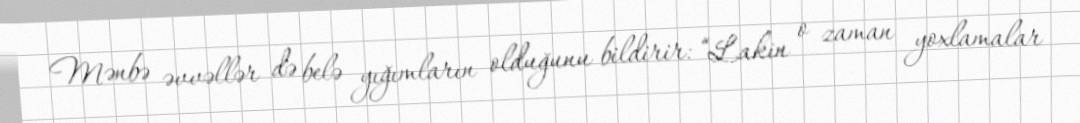
Mənbə əvvəllər də belə yığımların olduğunu bildirir: “Lakin o zaman yoxlamalar